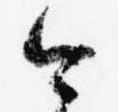
今